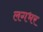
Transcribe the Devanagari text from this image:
लगभर